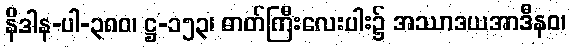
နိဒါန-ပါ-၃၈၀၊ ဋ္ဌ-၁၅၃၊ ဓာတ်ကြီးလေးပါး၌ အဿာဒယအာဒီနဝ၊